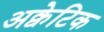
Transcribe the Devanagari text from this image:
अक्वेटिक